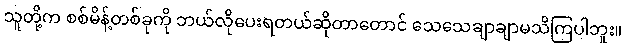
သူတို့က စစ်မိန့်တစ်ခုကို ဘယ်လိုပေးရတယ်ဆိုတာတောင် သေသေချာချာမသိကြပါဘူး။